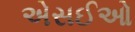
એસઈઓ